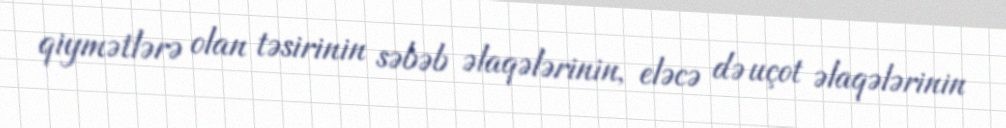
qiymətlərə olan təsirinin səbəb əlaqələrinin, eləcə də uçot əlaqələrinin